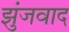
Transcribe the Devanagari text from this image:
झुंजवाद